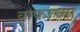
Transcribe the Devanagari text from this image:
कफाच्या